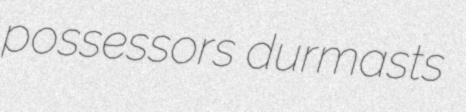
possessors durmasts